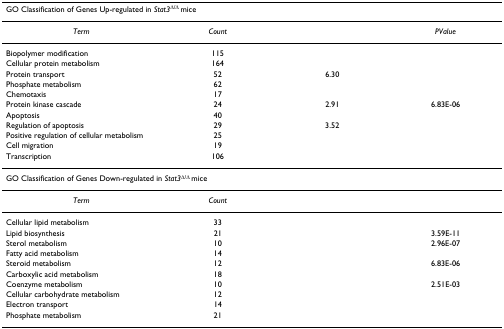
<table><thead><tr><td colspan="4"><b>GO Classification of Genes Up-regulated in <i>Stat3</i><sup>Δ/Δ </sup>mice</b></td></tr></thead><tbody><tr><td><i>Term</i></td><td><i>Count</i></td><td>[EMPTY_CELL]</td><td><i>PValue</i></td></tr><tr><td>Biopolymer modification</td><td>115</td><td>[EMPTY_CELL]</td><td>[EMPTY_CELL]</td></tr><tr><td>Cellular protein metabolism</td><td>164</td><td>[EMPTY_CELL]</td><td>[EMPTY_CELL]</td></tr><tr><td>Protein transport</td><td>52</td><td>6.30</td><td>[EMPTY_CELL]</td></tr><tr><td>Phosphate metabolism</td><td>62</td><td>[EMPTY_CELL]</td><td>[EMPTY_CELL]</td></tr><tr><td>Chemotaxis</td><td>17</td><td>[EMPTY_CELL]</td><td>[EMPTY_CELL]</td></tr><tr><td>Protein kinase cascade</td><td>24</td><td>2.91</td><td>6.83E-06</td></tr><tr><td>Apoptosis</td><td>40</td><td>[EMPTY_CELL]</td><td>[EMPTY_CELL]</td></tr><tr><td>Regulation of apoptosis</td><td>29</td><td>3.52</td><td>[EMPTY_CELL]</td></tr><tr><td>Positive regulation of cellular metabolism</td><td>25</td><td>[EMPTY_CELL]</td><td>[EMPTY_CELL]</td></tr><tr><td>Cell migration</td><td>19</td><td>[EMPTY_CELL]</td><td>[EMPTY_CELL]</td></tr><tr><td>Transcription</td><td>106</td><td>[EMPTY_CELL]</td><td>[EMPTY_CELL]</td></tr><tr><td colspan="4">GO Classification of Genes Down-regulated in <i>Stat3</i><sup>Δ/Δ </sup>mice</td></tr><tr><td><i>Term</i></td><td><i>Count</i></td><td>[EMPTY_CELL]</td><td>[EMPTY_CELL]</td></tr><tr><td>Cellular lipid metabolism</td><td>33</td><td>[EMPTY_CELL]</td><td>[EMPTY_CELL]</td></tr><tr><td>Lipid biosynthesis</td><td>21</td><td>[EMPTY_CELL]</td><td>3.59E-11</td></tr><tr><td>Sterol metabolism</td><td>10</td><td>[EMPTY_CELL]</td><td>2.96E-07</td></tr><tr><td>Fatty acid metabolism</td><td>14</td><td>[EMPTY_CELL]</td><td>[EMPTY_CELL]</td></tr><tr><td>Steroid metabolism</td><td>12</td><td>[EMPTY_CELL]</td><td>6.83E-06</td></tr><tr><td>Carboxylic acid metabolism</td><td>18</td><td>[EMPTY_CELL]</td><td>[EMPTY_CELL]</td></tr><tr><td>Coenzyme metabolism</td><td>10</td><td>[EMPTY_CELL]</td><td>2.51E-03</td></tr><tr><td>Cellular carbohydrate metabolism</td><td>12</td><td>[EMPTY_CELL]</td><td>[EMPTY_CELL]</td></tr><tr><td>Electron transport</td><td>14</td><td>[EMPTY_CELL]</td><td>[EMPTY_CELL]</td></tr><tr><td>Phosphate metabolism</td><td>21</td><td>[EMPTY_CELL]</td><td>[EMPTY_CELL]</td></tr></tbody></table>